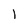
Character: 1